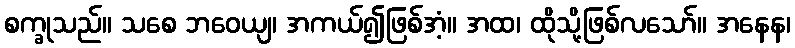
စက္ခုသည်။ သစေ ဘဝေယျ၊ အကယ်၍ဖြစ်အံ့။ အထ၊ ထိုသို့ဖြစ်လသော်။ အနေန၊